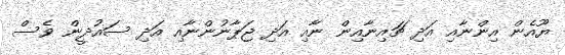
ޔޫއެން އިންނާއި އަދި ޗައިނާއިން ނާއި އަދި ޖަޕާނުންނާއި އަދި ސައުދީން ވެސް